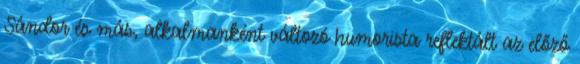
Sándor és más, alkalmanként változó humorista reflektált az előző